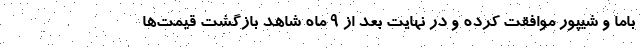
باما و شیپور موافقت کرده و در نهایت بعد از ۹ ماه شاهد بازگشت قیمت‌ها